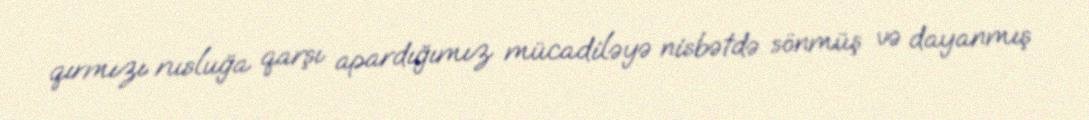
qırmızı rusluğa qarşı apardığımız mücadiləyə nisbətdə sönmüş və dayanmış